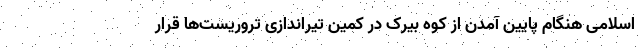
اسلامی هنگام پایین آمدن از کوه بیرک در کمین تیراندازی تروریست‌ها قرار